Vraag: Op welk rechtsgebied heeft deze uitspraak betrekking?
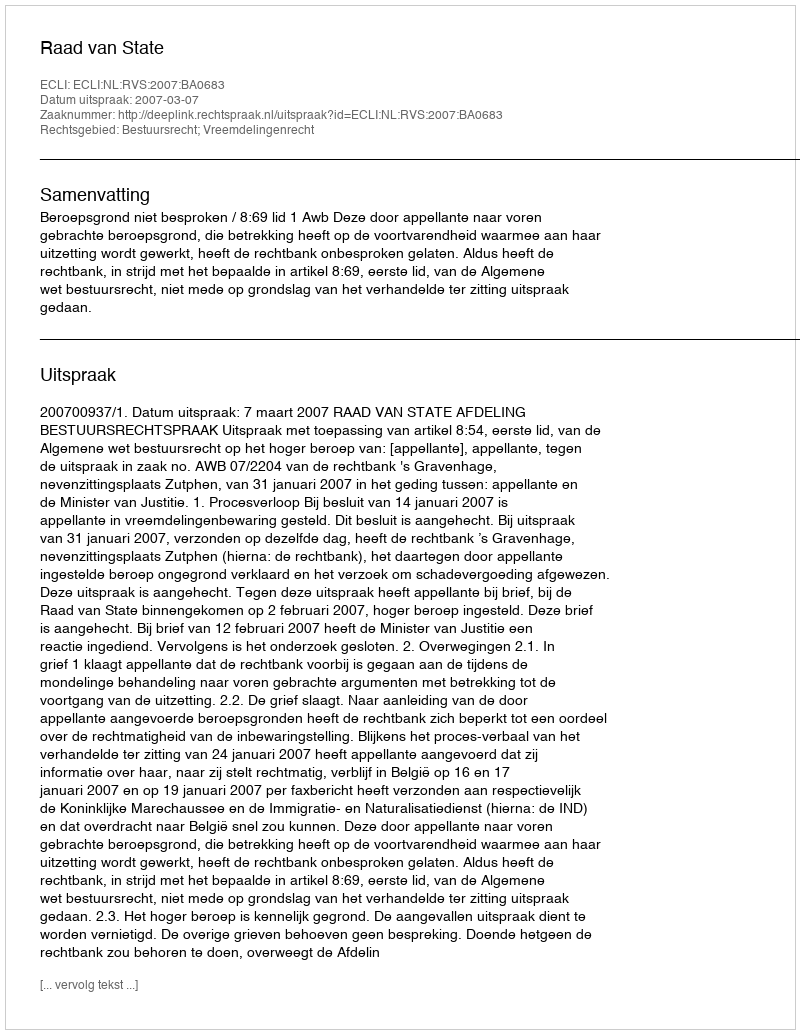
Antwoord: Bestuursrecht; Vreemdelingenrecht